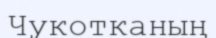
Чукотканың